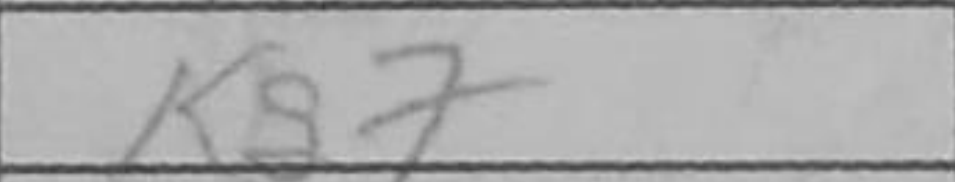
Transcription: Kg7